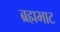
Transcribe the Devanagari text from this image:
ब्रह्मभाट